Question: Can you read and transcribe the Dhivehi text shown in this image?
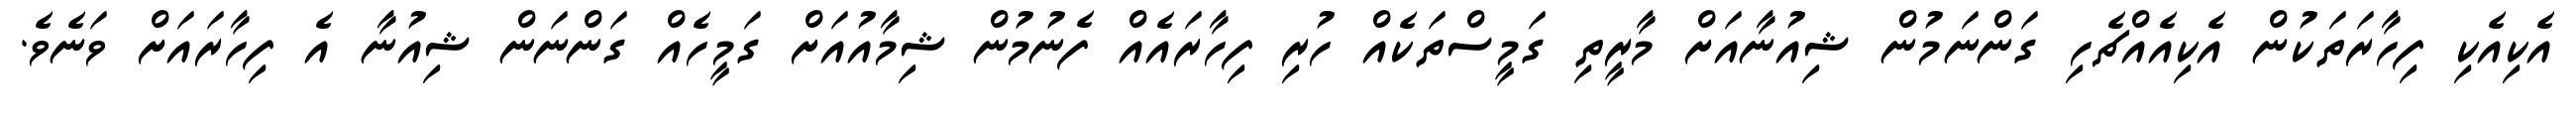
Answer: އެކިއެކި ފިހާރަތަކުން އެކިއެއްޗެހި ގަންނަމުން ޝިއުނާއަށް މާރީތި ގަމީސްތަކެއް ހުރި ފިހާރައެއް ފެނުމުން ޝިމާއުއަށް ގަމީހެއް ގަންނަން ޝިއުނާ އެ ފިހާރައަށް ވަނެވެ.